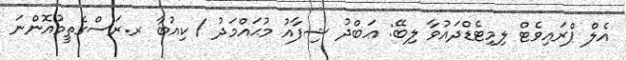
އެލް ޕްރައިވެޓް ލިމިޓެޑްދައުވާ ލިބޭ: ޢަބްދު ޝިފާއު މުޙައްމަދު / ކިއުބާ ރ.ރަސްގެތީމުއޮންނަ